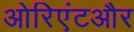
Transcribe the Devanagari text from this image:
ओरिएंटऔर